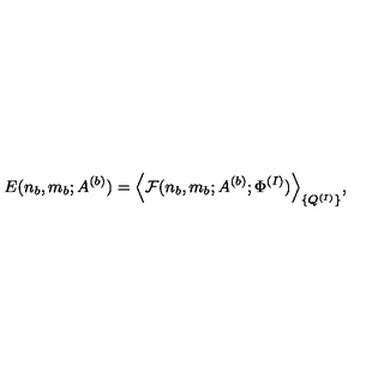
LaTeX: E ( n _ { b } , m _ { b } ; A ^ { ( b ) } ) = \Big \langle { \cal F } ( n _ { b } , m _ { b } ; A ^ { ( b ) } ; \Phi ^ { ( I ) } ) \Big \rangle _ { \{ Q ^ { ( I ) } \} } ,